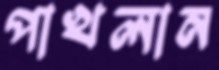
পাখলান